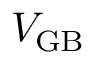
V _ { \mathrm { G B } }